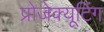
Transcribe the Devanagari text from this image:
प्रोजेक्यूटिंग